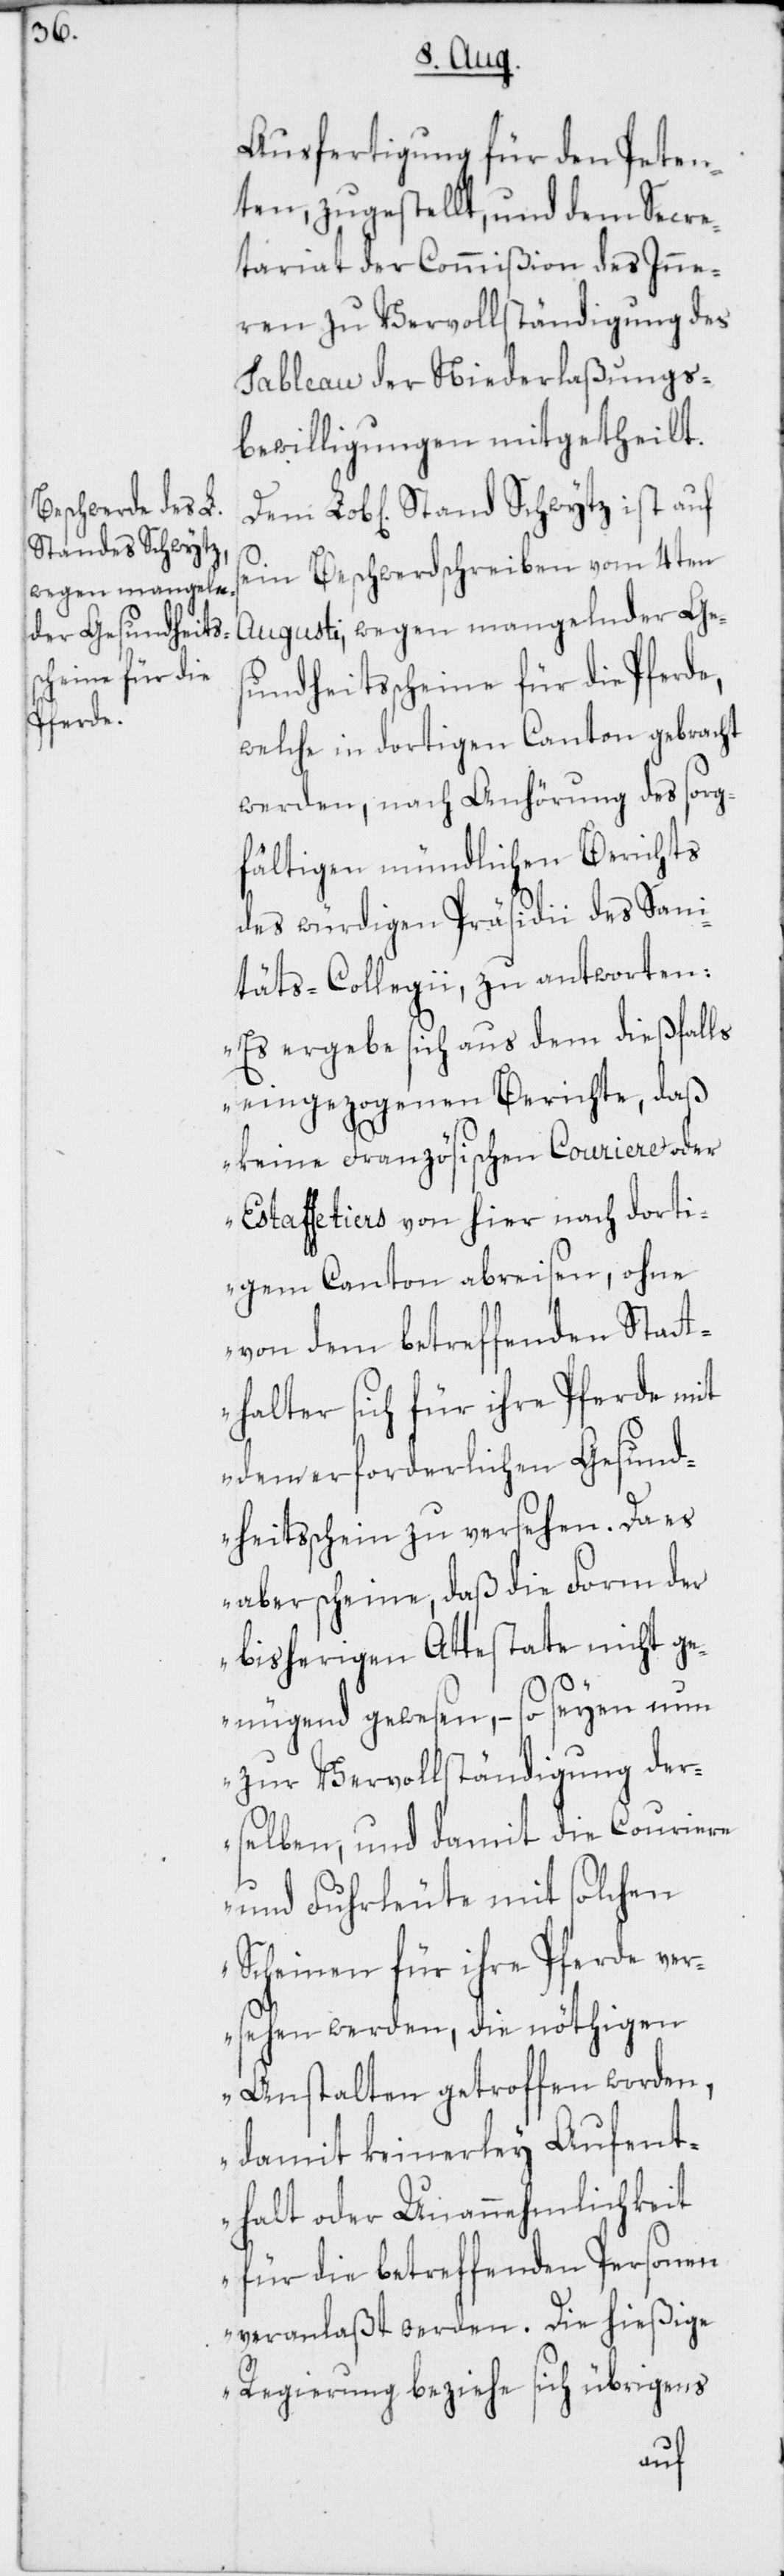
Ausfertigung für den Peten¬
ten, zugestellt, und dem Secre¬
tariat der Commißion des Inne¬
ren zu Vervollständigung des
Tableau der Niederlaßungs¬
bewilligungen mitgetheilt.
Dem Lobl. Stand Schwytz ist auf
sein Beschwerdschreiben vom 4ten
Augusti, wegen mangelnder Ges¬
undheitsscheine für die Pferde,
welche in dortigen Canton gebracht
werden, nach Anhörung des sorg¬
fältigen mündlichen Berichts
des würdigen Präsidii des Sani¬
täts-Collegii, zu antworten:
„Es ergebe sich aus dem dießfalls
eingezogenen Berichte, daß
keine Französischen Couriere oder
Estaffetiers von hier nach dorti¬
gem Canton abreisen, ohne
von dem betreffenden Statt¬
halter sich für ihre Pferde mit
dem erforderlichen Gesund¬
heitsschein zu versehen. Da es
aber scheine, daß die Form der
bisherigen Attestate nicht ge¬
nügend gewesen, – so seyen nun
zur Vervollständigung der¬
selben, und damit die Couriere
und Fuhrleute mit solchen
Scheinen für ihre Pferde ver¬
sehen werden, die nöthigen
Anstalten getroffen worden,
damit keinerley Aufent¬
halt oder Unannehmlichkeit
für die betreffenden Personen
veranlaßt werden. Die hießige
Regierung beziehe sich übrigens